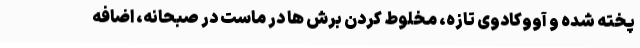
پخته شده و آووکادوی تازه، مخلوط کردن برش ها در ماست در صبحانه، اضافه